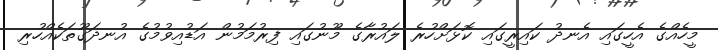
މީހެއްގެ އެހީގައި އެނދު ކައިރީގައި ކޮޅަށްހުރެ ލައުރާގެ މޫނުގައި ފިރުމަމުން އަޑުއިވުމުގެ އުނދަގޫތަކެއްހުރި